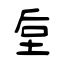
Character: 垕